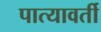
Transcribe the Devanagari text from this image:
पात्यावर्ती